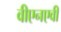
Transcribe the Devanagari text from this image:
वीएनएवी